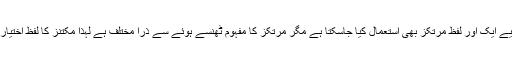
اسکے لیے ایک اور لفظ مرتکز بھی استعمال کیا جاسکتا ہے مگر مرتکز کا مفہوم ٹھنسے ہوئے سے ذرا مختلف ہے لہذا مکتنز کا لفظ اختیار کیا گیا۔